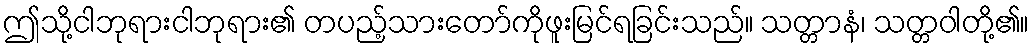
ဤသို့ငါဘုရားငါဘုရား၏ တပည့်သားတော်ကိုဖူးမြင်ရခြင်းသည်။ သတ္တာနံ၊ သတ္တဝါတို့၏။